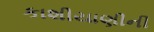
કાશીયાણીની